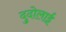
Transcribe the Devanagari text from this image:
दुदोलाई